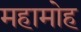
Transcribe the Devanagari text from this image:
महामोह